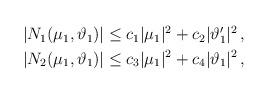
LaTeX: \begin{align*} \begin{aligned} |N_1(\mu_1,\vartheta_1)|&\leq c_1|\mu_1|^2+c_2|\vartheta_1^\prime|^2\,,\\ |N_2(\mu_1,\vartheta_1)|& \leq c_3|\mu_1|^2+c_4|\vartheta_1|^2\,, \end{aligned}\end{align*}